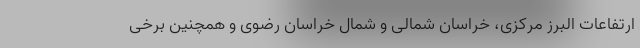
ارتفاعات البرز مرکزی، خراسان شمالی و شمال خراسان رضوی و همچنین برخی